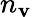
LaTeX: n_{\mathbf{v}}